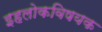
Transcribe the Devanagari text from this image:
इहलोकविषयक